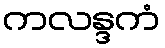
ကလန္ဒကံ